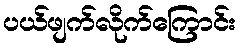
ပယ်ဖျက်လိုက်ကြောင်း